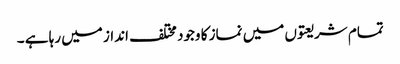
تمام شریعتوں میں نماز کا وجود مختلف انداز میں رہا ہے ۔